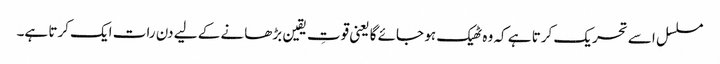
مسلسل اسے تحریک کرتا ہے کہ وہ ٹھیک ہو جائے گا یعنی قوتِ یقین بڑھانے کے لیے دن رات ایک کرتا ہے۔